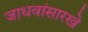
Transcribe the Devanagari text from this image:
जाधवांसारखे